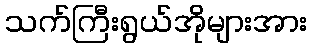
သက်ကြီးရွယ်အိုများအား